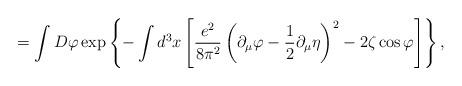
LaTeX: \begin{align*}=\int D\varphi\exp\left\{-\int d^3x\left[\frac{e^2}{8\pi^2}\left(\partial_\mu\varphi-\frac12\partial_\mu\eta\right)^2-2\zeta\cos\varphi\right]\right\},\end{align*}